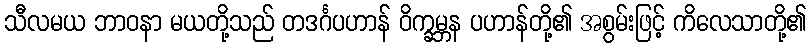
သီလမယ ဘာဝနာ မယတို့သည် တဒင်္ဂပဟာန် ဝိက္ခမ္ဘန ပဟာန်တို့၏ အစွမ်းဖြင့် ကိလေသာတို့၏